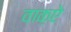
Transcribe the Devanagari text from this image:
वाक़ऐ